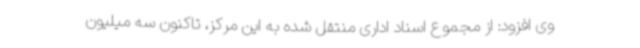
وی افزود: از مجموع اسناد اداری منتقل شده به این مرکز، تاکنون سه میلیون